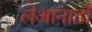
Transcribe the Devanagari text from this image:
लेआनार्डो